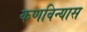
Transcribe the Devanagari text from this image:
कणविन्यास